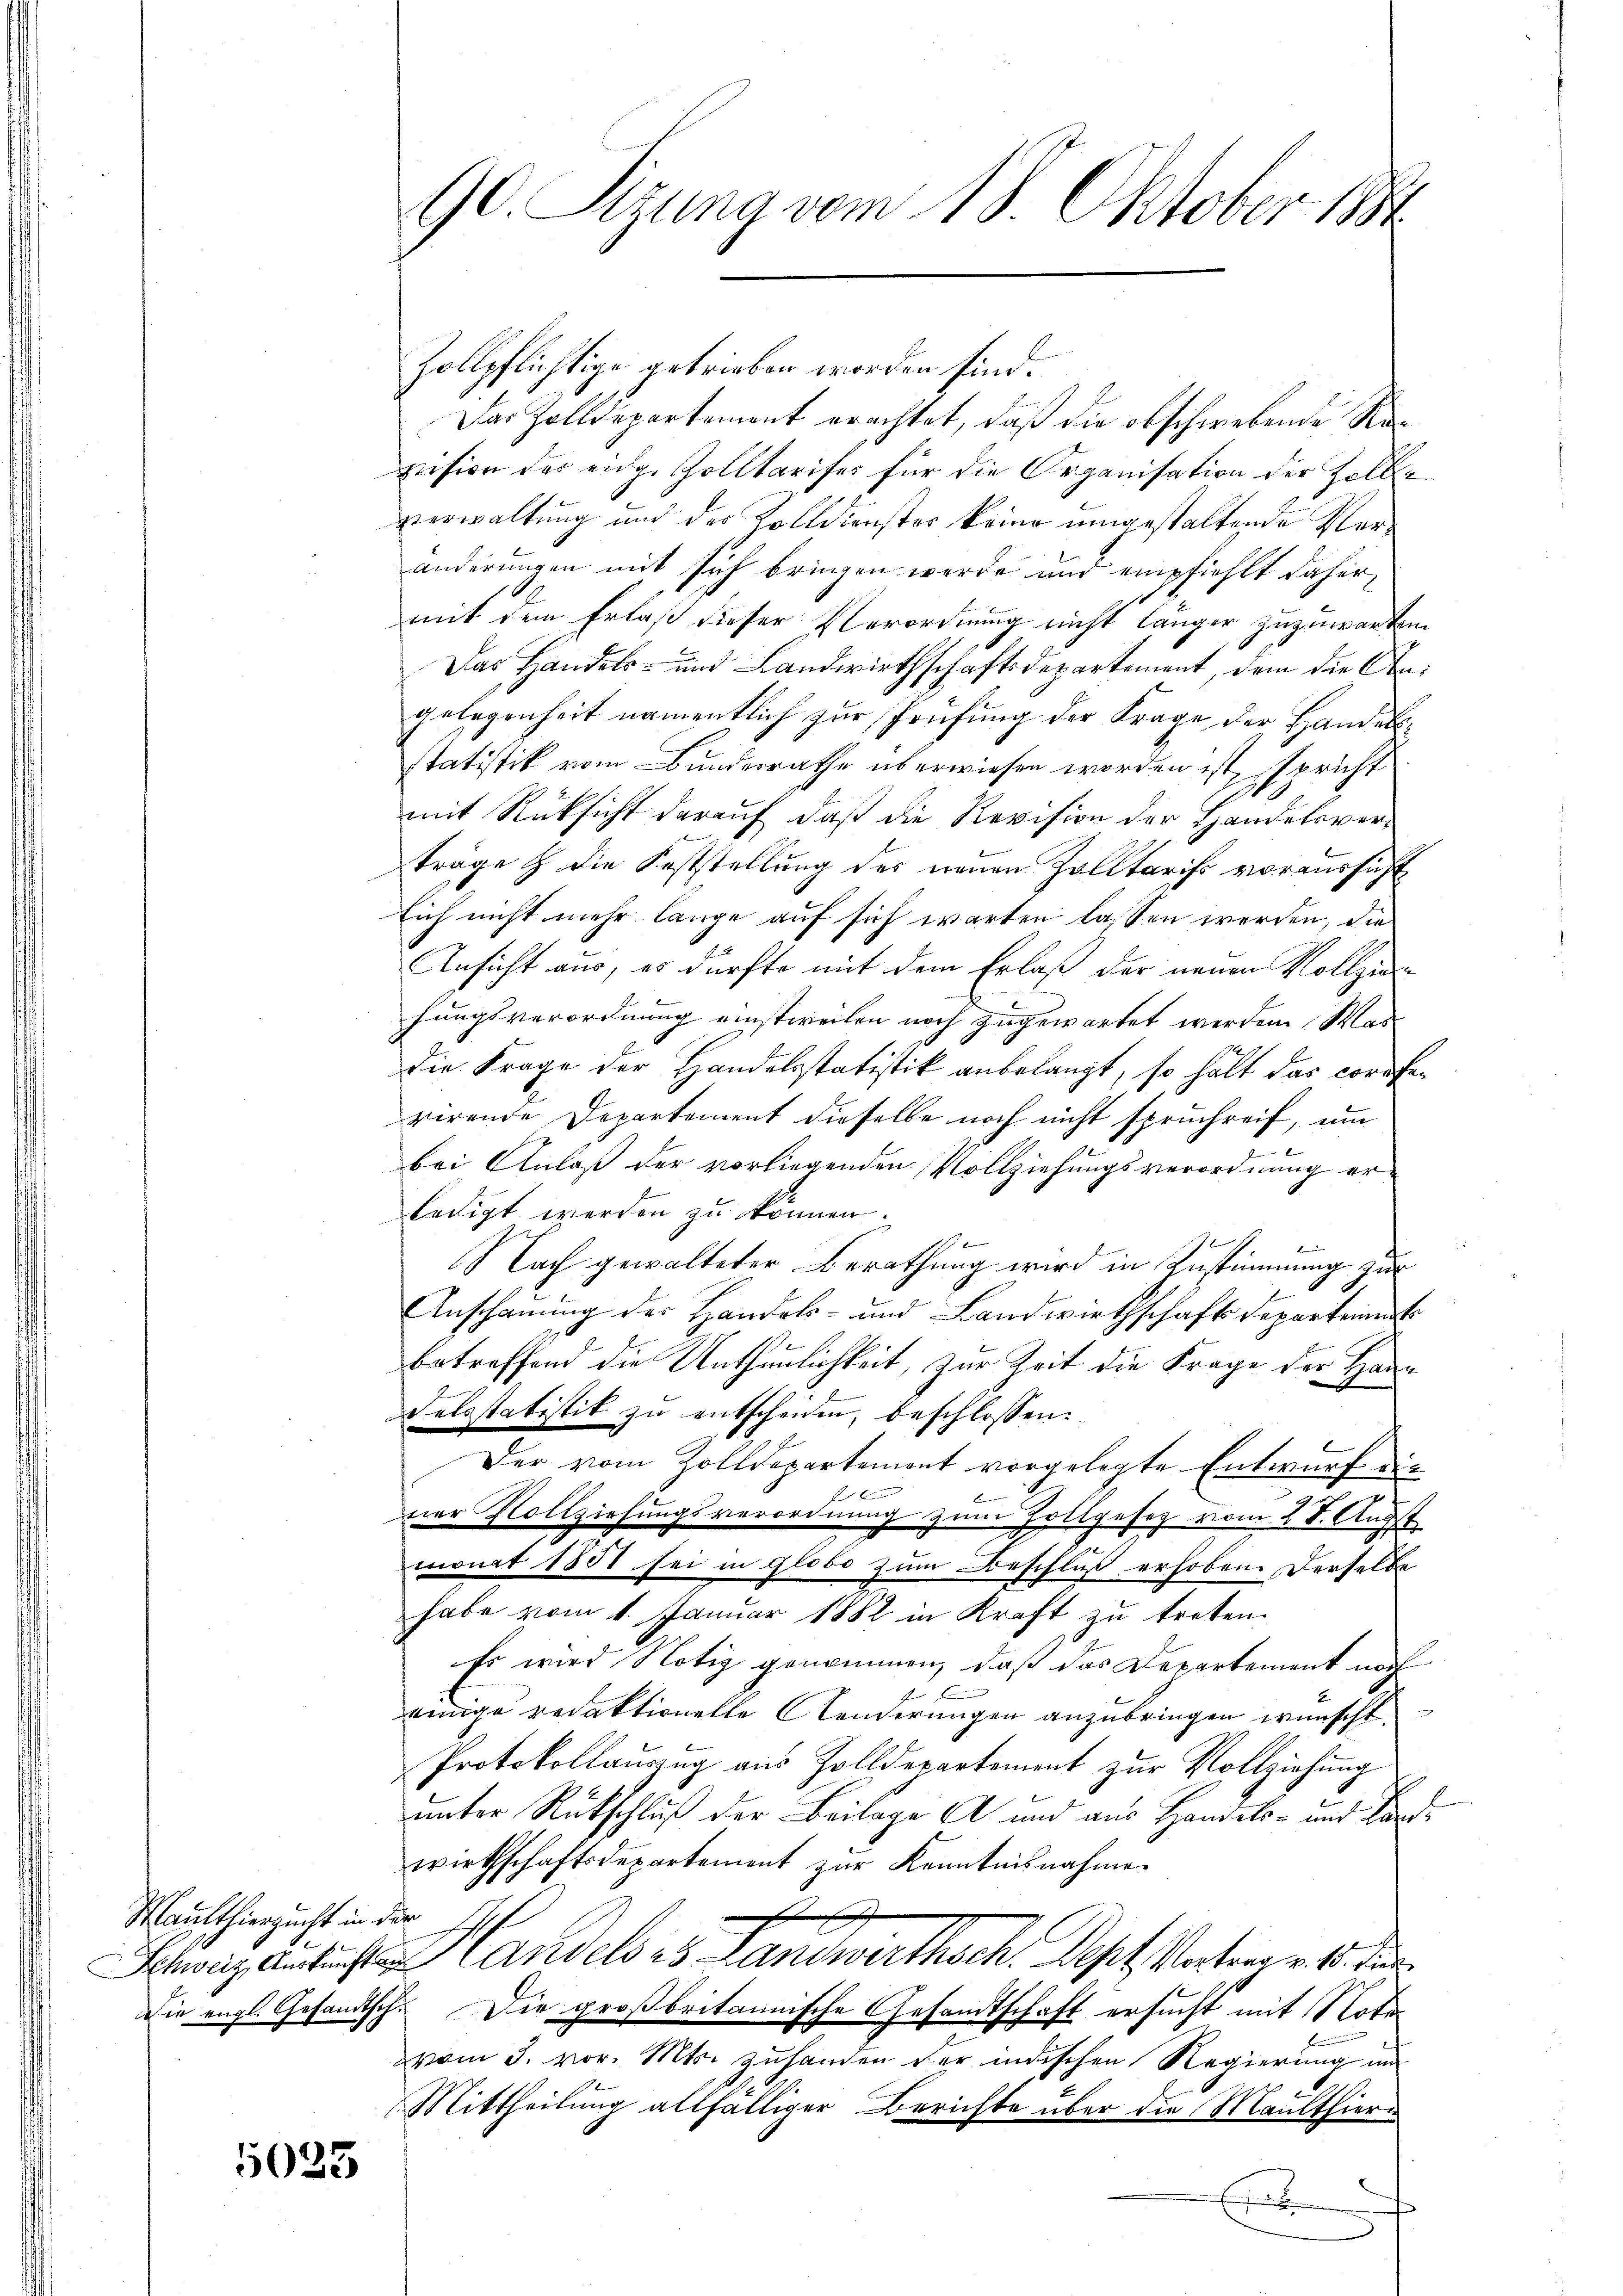
Maulthierzucht in der

5023

Zollpflichtige getrieben worden sind.
Das Zolldepartement erachtet, daß die obschwebende Revision des enge Zolltarifes für die Organisation der Zollverwaltung und der Zolldienster keine umgestaltende Veränderungen mit sich bringen werde, und empfiehlt dafür,
mit dem Erlaß dieser Verordnung nicht länger zuzuwarten
Das Handels- und Landwirthschaftsdepartement, dem die Angelegenheit namentlich zur Prüfung der Frage der Handelsstatistik vom Bundesrathe überwiesen worden ist, spricht
mit Rüksicht darauf, daß die Revision der Handelsverträge & die Feststellung des neuen Zolltarifs voraussicht
Eich nicht mehr lange auf sich warten lassen werden, die
Ansicht aus, es dürfte mit dem Erlaß der neuen Vollziehungsverordnung einstweilen noch zugewartet werden Was
die Frage der Handelsstatistik anbelangt, so hält das corpferirende Departement dieselbe noch nicht spruchreif, um
bei Anlaß der vorliegenden Vollziehungsverordnung erledigt werden zu können.
n
b
Nach gewalteter Berathung wird in Zustimmung zur
Anschauung der Handels- und Landwirthschaft departement
1
betreffend die Unthunlichkeit, zur Zeit die Frage der Hann
delsstatistik zŭ entscheiden, beschlossen:
Der vom Zolldepartement vorgelegte Entwurf die
s

b
ner Vollziehungsverordnung zum Holtgesetz vom 28. Augst
monat 1881 sei in globo zum Beschluß erhoben. Derselbe
habe vom 1. Januar 1882 in Kraft zu treten.
Es wird Notiz genommen, daß das Departement noch
einige redaktionelle Aenderungen anzubringen wünscht.
Protokollauszug aus Zolldepartement zur Vollziehung
unter Rückschluß der Beilage A und aus Handels- und Landwirthschaftsdepartement zur Kenntnisnahme.
Schweiz entrichten Landels es Landwirthsch. Ast Vortrages de
Die engl. Gesandtsch. Die großbritannische Gesandtschaft ersucht mit Note
vom 3. vor. Mts. zuhanden der indischen Regierung un
Mittheilung allfälliger Berichte über die Maulthieri
E

90. Sizung vom 18. Oktober 1884